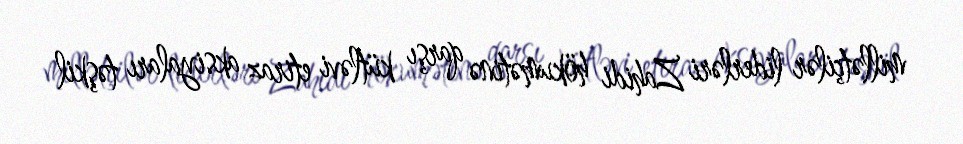
millətçilər liderləri Zahidi hökumətinə qarşı kütləvi etiraz aksiyaları təşkil